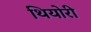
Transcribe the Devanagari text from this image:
थियोरी